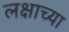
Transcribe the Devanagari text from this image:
लक्षाच्या